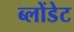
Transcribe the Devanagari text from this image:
ब्लोंडेट